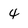
Character: 4